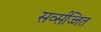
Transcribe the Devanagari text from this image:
सर्व्सज्जित